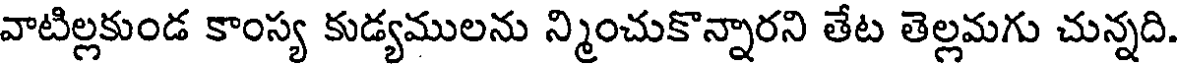
వాటిల్లకుండ కాంస్య కుడ్యములను న్మించుకొన్నారని తేట తెల్లమగు చున్నది.